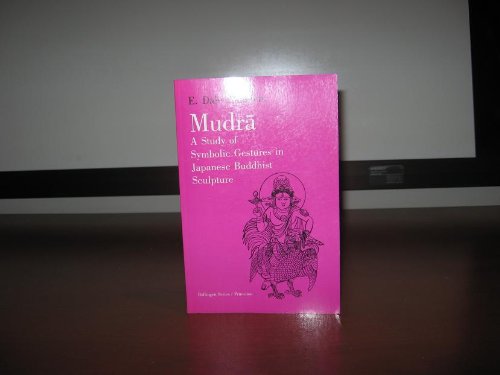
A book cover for Mudra: A Study of Symbolic Gestures in Japanese Buddhist Sculpture (Bollingen Series (General)); Ernest Dale Saunders; Arts & Photography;